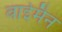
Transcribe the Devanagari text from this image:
वाईमैन